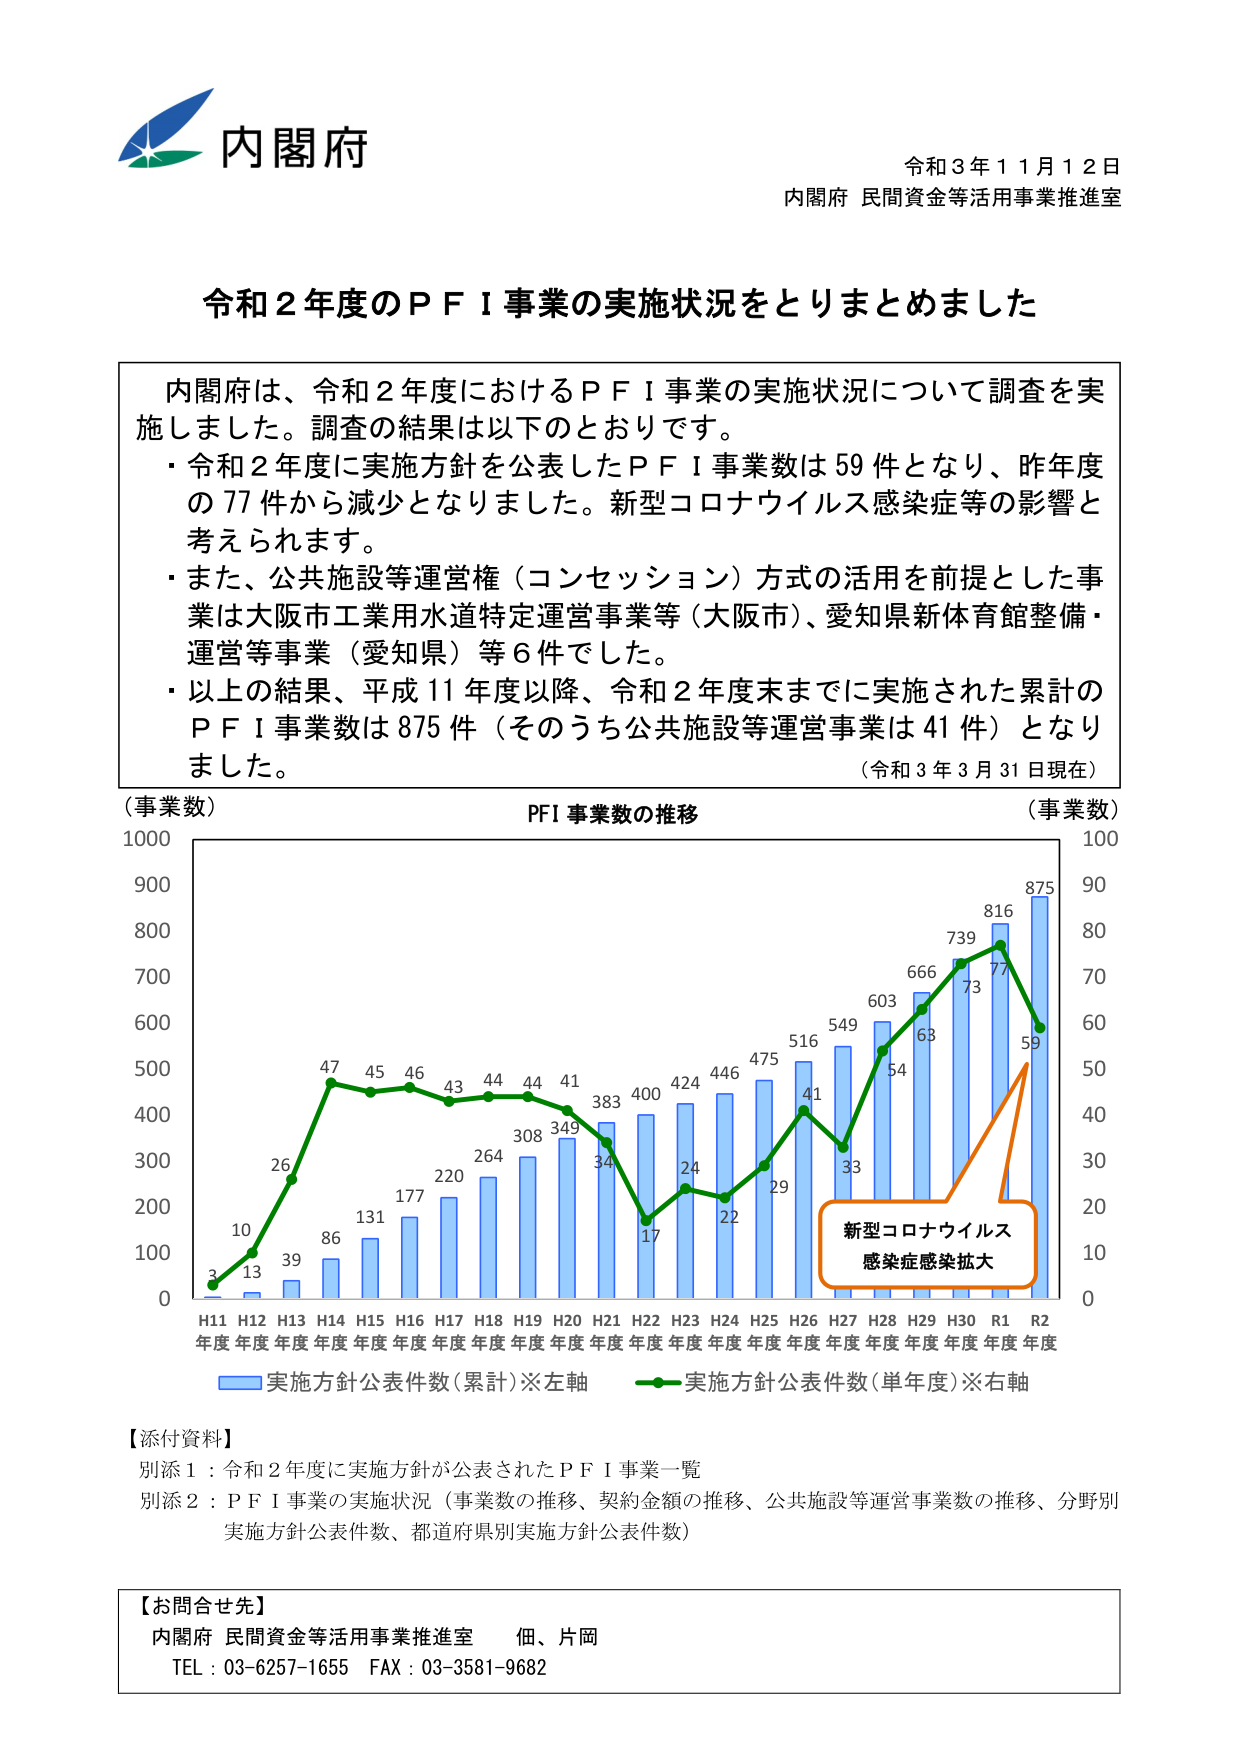
内閣府
令和３年１１月１２日
内閣府 民間資金等活用事業推進室

令和２年度のＰＦＩ事業の実施状況をとりまとめました

内閣府は、令和２年度におけるＰＦＩ事業の実施状況について調査を実施しました。調査の結果は以下のとおりです。
・令和２年度に実施方針を公表したＰＦＩ事業数は59件となり、昨年度の77件から減少となりました。新型コロナウイルス感染症等の影響と考えられます。
・また、公共施設等運営権（コンセッション）方式の活用を前提とした事業は大阪市工業用水道特定運営事業等（大阪市）、愛知県新体育館整備・運営等事業（愛知県）等6件でした。
・以上の結果、平成11年度以降、令和２年度末までに実施された累計のＰＦＩ事業数は875件（そのうち公共施設等運営事業は41件）となりました。
（令和３年３月31日現在）

（事業数）
PF1 事業数の推移
（事業数）

1000
900
800
700
600
500
400
300
200
100
0

H11 H12 H13 H14 H15 H16 H17 H18 H19 H20 H21 H22 H23 H24 H25 H26 H27 H28 H29 H30 R1 R2
年度 年度 年度 年度 年度 年度 年度 年度 年度 年度 年度 年度 年度 年度 年度 年度 年度 年度 年度 年度 年度 年度 年度

■実施方針公表件数（累計）※左軸
■実施方針公表件数（単年度）※右軸

3 10 13 26 39 86 131 177 220 264 308 349 383 400 424 446 475 516 41 33 54 603 666 739 816 875
47 45 46 43 44 44 41 34 17 24 22 29 549 63 73 77 59

新型コロナウイルス
感染症感染拡大

100
90
80
70
60
50
40
30
20
10
0

【添付資料】
別添１：令和２年度に実施方針が公表されたＰＦＩ事業一覧
別添２：ＰＦＩ事業の実施状況（事業数の推移、契約金額の推移、公共施設等運営事業数の推移、分野別実施方針公表件数、都道府県別実施方針公表件数）

【お問合せ先】
内閣府 民間資金等活用事業推進室 佃、片岡
TEL：03-6257-1655 FAX：03-3581-9682